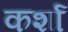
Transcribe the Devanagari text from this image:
कर्शा